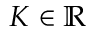
K \in \mathbb { R }